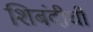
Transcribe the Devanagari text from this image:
शिबंदीची